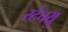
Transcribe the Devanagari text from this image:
स्टेचयु